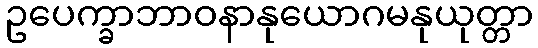
ဥပေက္ခာဘာဝနာနုယောဂမနုယုတ္တာ